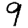
Digit: 9